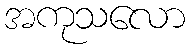
အကုသလော